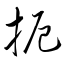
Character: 扼